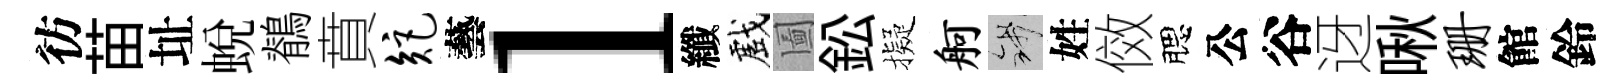
彷苗址蛻鶺賁矩藝l纖戲圗鈆擬舸錢姓傚腮公谷迓啾珊館鈴